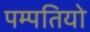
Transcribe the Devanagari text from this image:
पम्‍पतियो